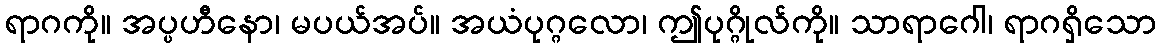
ရာဂကို။ အပ္ပဟီနော၊ မပယ်အပ်။ အယံပုဂ္ဂလော၊ ဤပုဂ္ဂိုလ်ကို။ သာရာဂေါ၊ ရာဂရှိသော